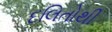
દલિતોથી